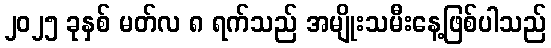
၂၀၂၅ ခုနှစ် မတ်လ ၈ ရက်သည် အမျိုးသမီးနေ့ဖြစ်ပါသည်